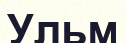
Ульм